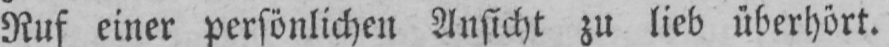
Ruf einer persönlichen Ansicht zu lieb überhört.